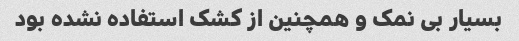
بسیار بی نمک و همچنین از کشک استفاده نشده بود